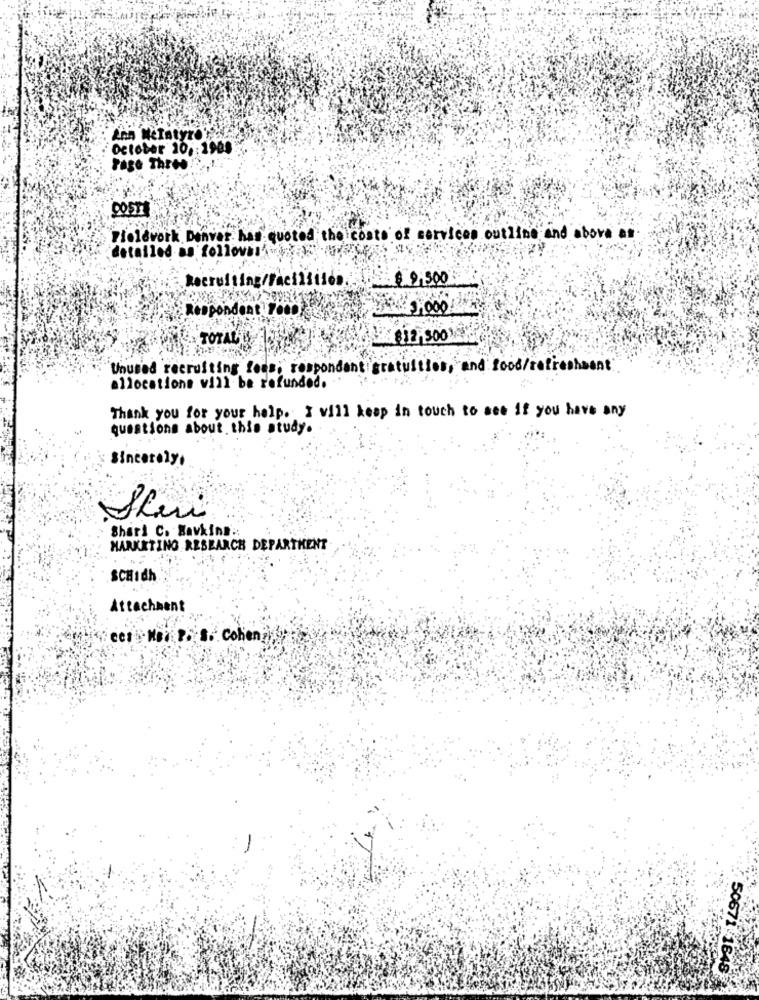
Ann Netatyre
October 10. : 1968
Page Thres
COSTA
Fieldwork Denver has quoted the costs of services outline and above an
detailed as follows Were
Recruiting/Facilities
$ 9,500
Respondent FOOD?
TOTAL
12,500
Unused recruiting lousi respondent gratuities, and food/refreshment
allocations will be refunded.
Thank you for your help. I will keep in touch to see if you have any
questions about this study.
Sincerely.
Shui
Shari C. Wavking ::
MARKETING RESEARCH DEPARTMENT
SCHIdh
Attachment
50671 1645